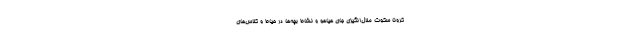
کرونا سکوت ملال‌انگیزی جای هیاهو و نشاط بچه‌ها در حیاط و کلاس‌های